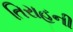
તિરાહની